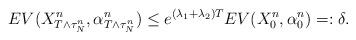
LaTeX: \begin{align*}&E V( X^n _{T\wedge\tau_N^n} , \alpha^n_{T\wedge\tau_N^n})\leq e^{(\lambda_1 + \lambda_2)T}EV( X ^n _0, \alpha^n_0)=:\delta.\end{align*}